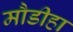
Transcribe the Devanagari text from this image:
मौडीहा